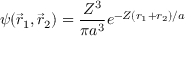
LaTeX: \psi ( { \vec { r } } _ { 1 } , { \vec { r } } _ { 2 } ) = { \frac { Z ^ { 3 } } { \pi a ^ { 3 } } } e ^ { - Z ( r _ { 1 } + r _ { 2 } ) / a }